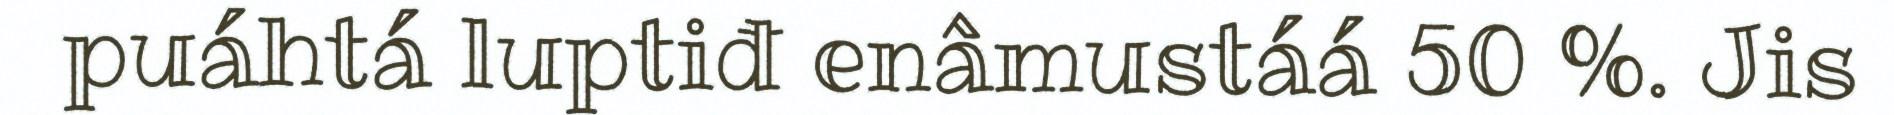
puáhtá luptiđ enâmustáá 50 %. Jis